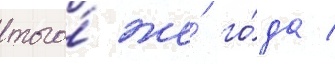
того́ же́ го́да /